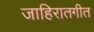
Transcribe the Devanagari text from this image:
जाहिरातगीत